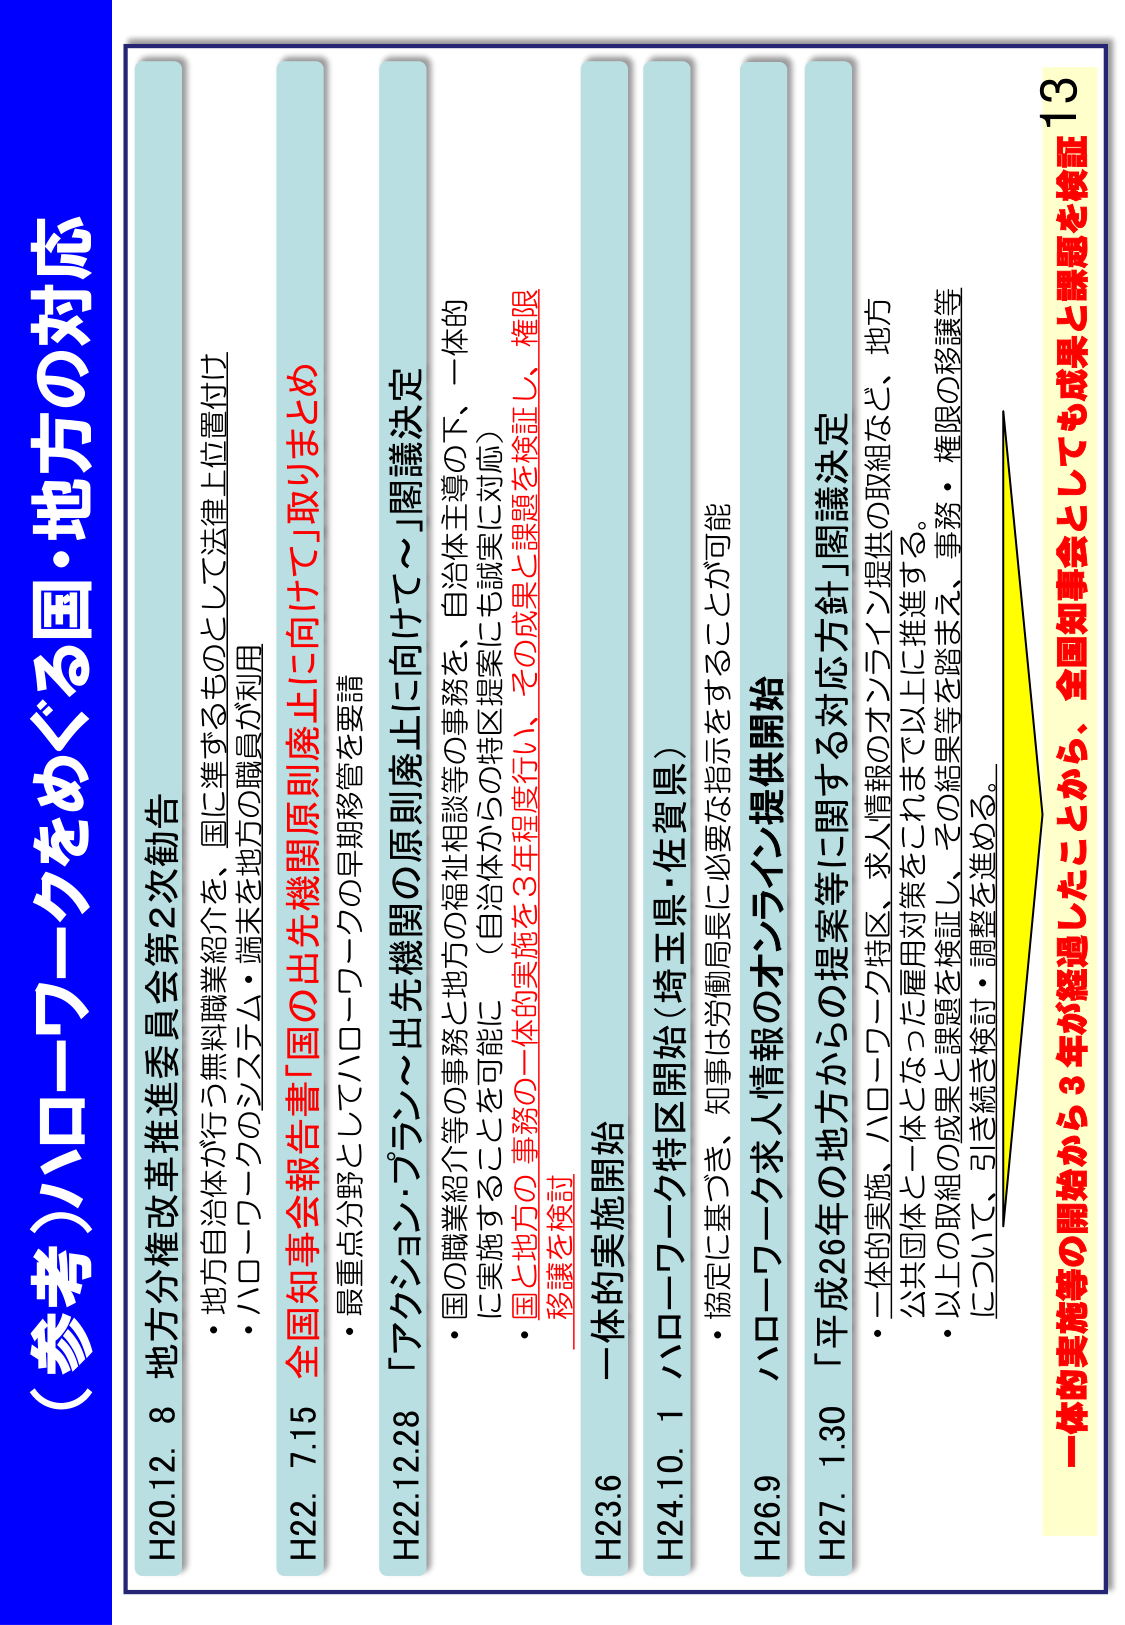
（参考）ハローワークをめぐる国・地方の対応

H20.12.8 地方分権改革推進委員会第2次勧告
・地方自治体が行う無料職業紹介を、国に準ずるものとして法律上位置付け
・ハローワークのシステム・端末を地方の職員が利用

H22.7.15 全国知事会報告書「国の出先機関原則廃止に向けて」取りまとめ
・最重点分野としてハローワークの早期移管を要請

H22.12.28 「アクション・プラン～出先機関の原則廃止に向けて～」閣議決定
・国の職業紹介等の事務と地方の福祉相談等の事務を、自治体主導の下、一体的に実施することを可能に（自治体からの特区提案にも誠実に対応）
・国と地方の事務の一体的実施を3年程度行い、その成果と課題を検証し、権限移譲を検討

H23.6 一体的実施開始

H24.10.1 ハローワーク特区開始（埼玉県・佐賀県）
・協定に基づき、知事は労働局長に必要な指示をすることが可能

H26.9 ハローワーク求人情報のオンライン提供開始

H27.1.30 「平成26年の地方からの提案等に関する対応方針」閣議決定
・一体的実施、ハローワーク特区、求人情報のオンライン提供の取組など、地方公共団体と一体となった雇用対策をこれまで以上に推進する。
・以上の取組の成果と課題を検証し、その結果等を踏まえ、事務・権限の移譲等について、引き続き検討・調整を進める。

一体的実施等の開始から3年が経過したことから、全国知事会としても成果と課題を検証

13